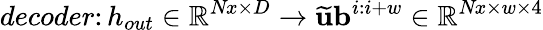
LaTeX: \textit{decoder}\colon h_{out}\in\mathbb{R}^{\textit{Nx}\times D}\to{\widetilde{\mathbf{u}}\mathbf{b}^{i:i+w}\in\mathbb{R}^{\textit{Nx}\times w\times 4}}